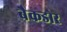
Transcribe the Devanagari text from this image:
बैकडोर